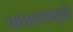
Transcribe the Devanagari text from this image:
तापल्यामुळे